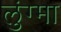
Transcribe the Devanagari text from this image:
लुंग्मा